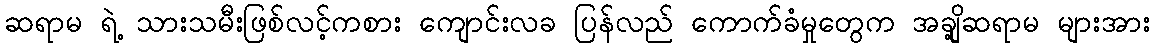
ဆရာမ ရဲ့ သားသမီးဖြစ်လင့်ကစား ကျောင်းလခ ပြန်လည် ကောက်ခံမှုတွေက အချို့ဆရာမ များအား